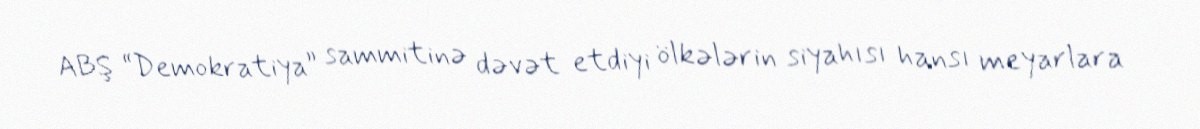
ABŞ “Demokratiya” sammitinə dəvət etdiyi ölkələrin siyahısı hansı meyarlara